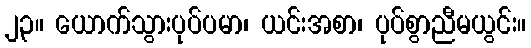
၂၃။ ယောက်သွားပုပ်ပမာ၊ ယင်းအစာ၊ ပုပ်စွာညီမယွင်း။